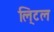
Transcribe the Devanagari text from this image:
लि्टल